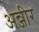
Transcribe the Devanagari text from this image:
अन्जीर